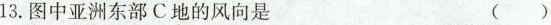
13.图中亚洲东部C地的风向是 （）